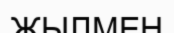
ЖЫЛМЕН